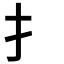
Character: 扌